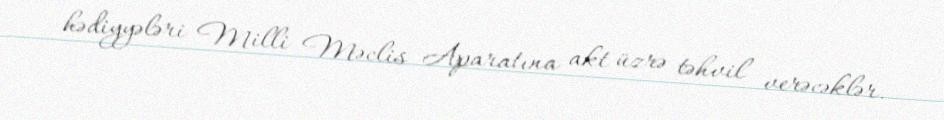
hədiyyələri Milli Məclis Aparatına akt üzrə təhvil verəcəklər.